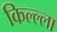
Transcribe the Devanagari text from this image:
किल्ल्‍ला